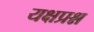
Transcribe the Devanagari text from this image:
यक्षप्रश्न